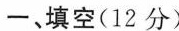
-、填空(12分)